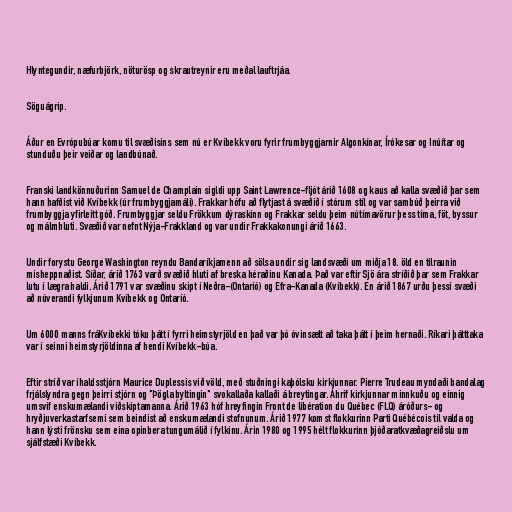
Hlyntegundir, næfurbjörk, nöturösp og skrautreynir eru meðal lauftrjáa.

Söguágrip.

Áður en Evrópubúar komu til svæðisins sem nú er Kvíbekk voru fyrir frumbyggjarnir Algonkínar, Írókesar og Inúítar og
stunduðu þeir veiðar og landbúnað.

Franski landkönnuðurinn Samuel de Champlain sigldi upp Saint Lawrence-fljót árið 1608 og kaus að kalla svæðið þar sem
hann hafðist við Kvíbekk (úr frumbyggjamáli). Frakkar hófu að flytjast á svæðið í stórum stíl og var sambúð þeirra við
frumbyggja yfirleitt góð. Frumbyggjar seldu Frökkum dýraskinn og Frakkar seldu þeim nútímavörur þess tíma, föt, byssur
og málmhluti. Svæðið var nefnt Nýja-Frakkland og var undir Frakkakonungi árið 1663.

Undir forystu George Washington reyndu Bandaríkjamenn að sölsa undir sig landsvæði um miðja 18. öld en tilraunin
misheppnaðist. Síðar, árið 1763 varð svæðið hluti af breska héraðinu Kanada. Það var eftir Sjö ára stríðið þar sem Frakkar
lutu í lægra haldi. Árið 1791 var svæðinu skipt í Neðra-(Ontaríó) og Efra-Kanada (Kvíbekk). En árið 1867 urðu þessi svæði
að núverandi fylkjunum Kvíbekk og Ontaríó.

Um 6000 manns fráKvíbekki tóku þátt í fyrri heimstyrjöld en það var þó óvinsælt að taka þátt í þeim hernaði. Ríkari þátttaka
var í seinni heimstyrjöldinna af hendi Kvíbekk-búa.

Eftir stríð var íhaldsstjórn Maurice Duplessis við völd, með stuðningi kaþólsku kirkjunnar. Pierre Trudeau myndaði bandalag
frjálslyndra gegn þeirri stjórn og "Þögla byltingin" svokallaða kallaði á breytingar. Áhrif kirkjunnar minnkuðu og einnig
umsvif enskumælandi viðskiptamanna. Árið 1963 hóf hreyfingin Front de libération du Québec (FLQ) áróðurs- og
hryðjuverkastarfsemi sem beindist að enskumælandi stofnunum. Árið 1977 komst flokkurinn Parti Québécois til valda og
hann lýsti frönsku sem eina opinbera tungumálið í fylkinu. Árin 1980 og 1995 hélt flokkurinn þjóðaratkvæðagreiðslu um
sjálfstæði Kvíbekk.